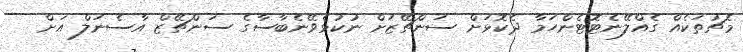
މެޗުތަކެއް ގެއްލޭނެޓޮޓެންހަމާ ދެކޮޅަށް ސަންޗޭޒަށް ނުކުޅެވޭނެބާސާގެ ސަންޗޭޒް އާސެނަލް އަށް